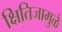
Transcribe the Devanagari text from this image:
क्षितिजामुळे